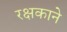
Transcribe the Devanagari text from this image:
रक्षकाने